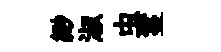
緲淑虫鬘